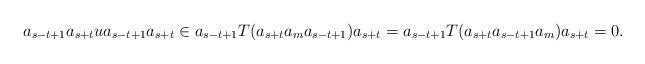
LaTeX: \begin{align*}a_{s-t+1}a_{s+t}ua_{s-t+1}a_{s+t}\in a_{s-t+1}T(a_{s+t}a_ma_{s-t+1})a_{s+t}=a_{s-t+1}T(a_{s+t}a_{s-t+1}a_m)a_{s+t}=0.\end{align*}